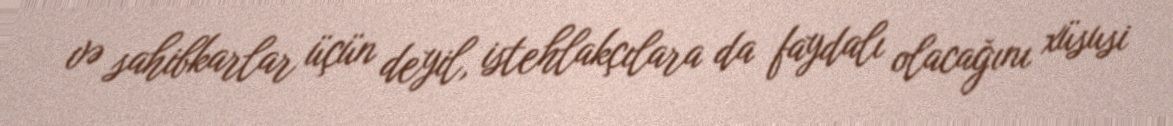
və sahibkarlar üçün deyil, istehlakçılara da faydalı olacağını xüsusi